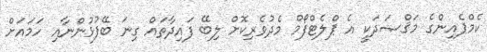
ކެމްޕެއިންގެ މަޤްޞަދަކީ އެ ޕްލެޓްފޯމް މެދުވެރިކޮށް ލިބޭ ފައިދާތައް ގިނަ ބޭފުޅުންނާއި ހަމައަށް